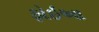
ફોઇઆ